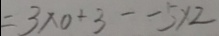
= 3 \times 0 + 3 - - 5 \times 2